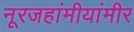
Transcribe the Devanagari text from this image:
नूरजहांमीयांमीर